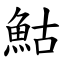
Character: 鮕